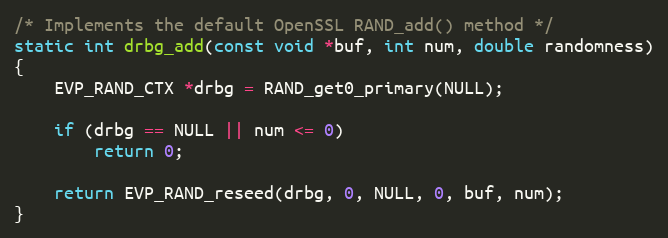
Language: C
/* Implements the default OpenSSL RAND_add() method */
static int drbg_add(const void *buf, int num, double randomness)
{
    EVP_RAND_CTX *drbg = RAND_get0_primary(NULL);

    if (drbg == NULL || num <= 0)
        return 0;

    return EVP_RAND_reseed(drbg, 0, NULL, 0, buf, num);
}